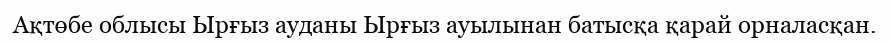
Ақтөбе облысы Ырғыз ауданы Ырғыз ауылынан батысқа қарай орналасқан.